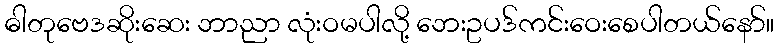
ဓါတုဗေဒဆိုးဆေး ဘာညာ လုံးဝမပါလို့ ဘေးဥပဒ်ကင်းဝေးစေပါတယ်နော်။